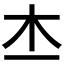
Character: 𣎶